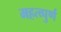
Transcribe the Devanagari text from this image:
महत्व्पुर्ण